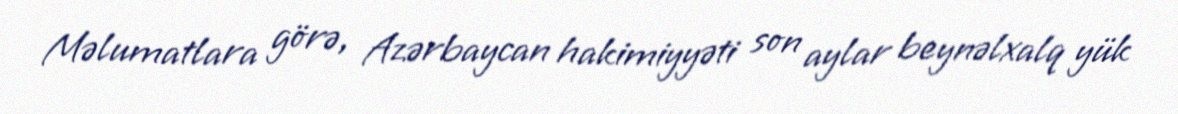
Məlumatlara görə, Azərbaycan hakimiyyəti son aylar beynəlxalq yük